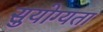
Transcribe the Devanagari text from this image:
सुयोग्यता